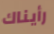
رأيناك